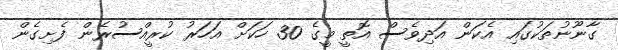
ގާނޫނުތަކުގައި އެކަން އަދިވެސް އޮތީ މީގެ 30 ހަކަށް އަހަރު ކުރީއްސުރެން ފެށިގެން